Leaving Certificate Examination (including Day School Certificate (Higher) General paper), 1935
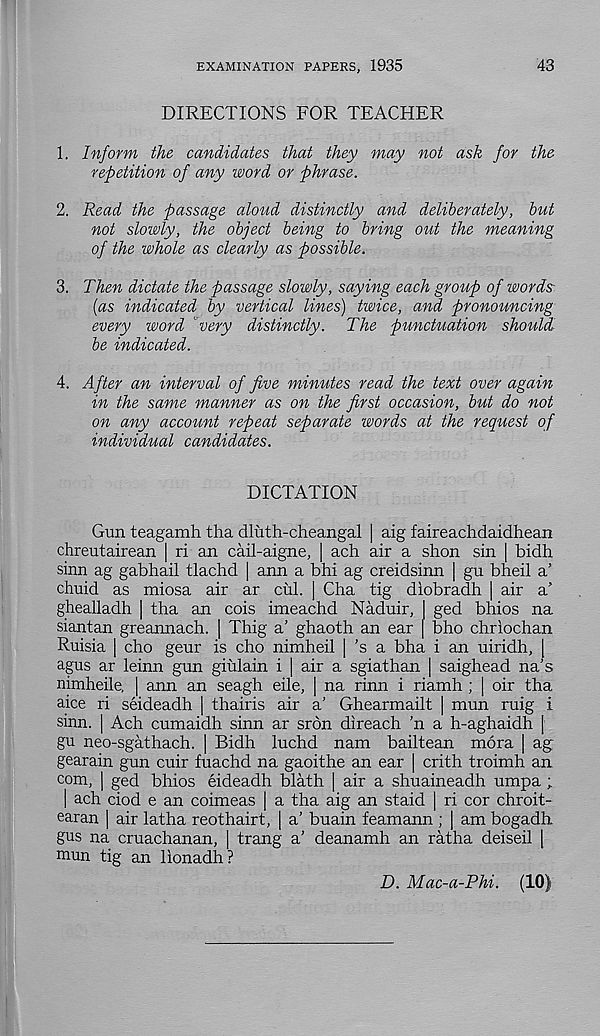
EXAMINATION PAPERS, 1935
43
DIRECTIONS FOR TEACHER
1. Inform the candidates that they may not ask for the
repetition of any word or phrase.
2. Read the passage aloud distinctly and deliberately, but
not slowly, the object being to bring out the meaning
of the whole as clearly as possible.
3. Then dictate the passage slowly, saying each group of words-
(as indicated by vertical lines) twice, and pronouncing
every word "very distinctly. The punctuation should
be indicated.
4. After an interval of five minutes read the text over again
in the same manner as on the first occasion, but do not
on any account repeat separate words at the request of
individual candidates.
DICTATION
Gun teagamh tha dluth-cheangal | aig faireachdaidhean
chreutairean | ri an cail-aigne, ] ach air a shon sin | bidh
sinn ag gabhail tlachd | ann a bhi ag creidsinn | gu bheil a’
chuid as miosa air ar cul. | Cha tig diobradh | air a’
ghealladh | tha an cois imeachd Naduir, I ged bhios na
siantan greannach. | Thig a’ ghaoth an ear [ bho chriochan
Ruisia | cho geur is cho nimheil | ’s a bha i an uiridh, [
agus ar leinn gun giulain i | air a sgiathan | saighead na’s
nimheile, | ann an seagh eile, | na rinn i riamh; | oir tha
aice ri seideadh | thairis air a’ Ghearmailt | mun ruig i
sinn. | Ach cumaidh sinn ar sron direach ’n a h-aghaidh |
gu neo-sgathach. | Bidh luchd nam bailtean mora | ag
gearain gun cuir fuachd na gaoithe an ear | crith troimh an
com, | ged bhios eideadh blath [ air a shuaineadh umpa ;
| ach ciod e an coimeas | a tha aig an staid | ri cor chroit-
earan | air latha reothairt, | a’ buain feamann ; | am bogadh
gus na cruachanan, | trang a’ deanamh an ratha deiseil [
mun tig an lionadh?
D. Mac-a-Phi. (10)